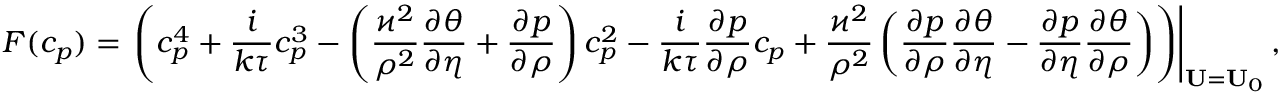
F ( c _ { p } ) = \left. \left( c _ { p } ^ { 4 } + \frac { i } { k \tau } c _ { p } ^ { 3 } - \left( \frac { \varkappa ^ { 2 } } { \rho ^ { 2 } } \frac { \partial \theta } { \partial \eta } + \frac { \partial p } { \partial \rho } \right) c _ { p } ^ { 2 } - \frac { i } { k \tau } \frac { \partial p } { \partial \rho } c _ { p } + \frac { \varkappa ^ { 2 } } { \rho ^ { 2 } } \left( \frac { \partial p } { \partial \rho } \frac { \partial \theta } { \partial \eta } - \frac { \partial p } { \partial \eta } \frac { \partial \theta } { \partial \rho } \right) \right) \right\vert _ { \mathbf { U } = \mathbf { U } _ { 0 } } ,